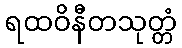
ရထဝိနီတသုတ္တံ